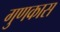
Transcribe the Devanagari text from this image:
गुणकास